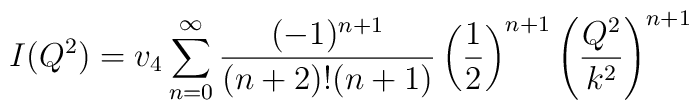
I(Q^2)=v_4\sum_{n=0}^\infty\frac{(-1)^{n+1}}{(n+2)!(n+1)}\left(\frac{1}{2}\right)^{n+1}\left(\frac{Q^2}{k^2}\right)^{n+1}